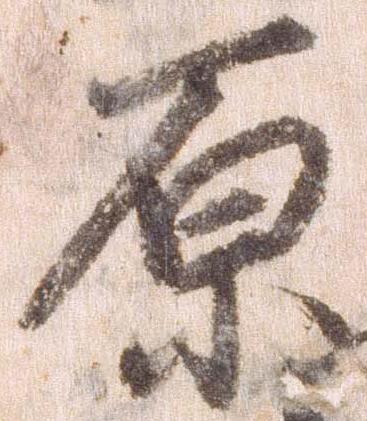
原